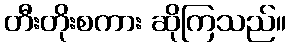
တီးတိုးစကား ဆိုကြသည်။